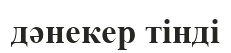
дәнекер тінді